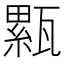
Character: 𤮉